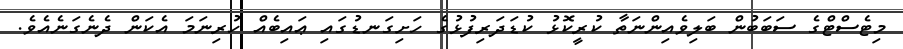
މިޓެސްޓްގެ ސަބަބުން ބަލިވެއިންނަތާ ކުރީކޮޅު ކުޑަދަރިފުޅުގެ ހަށިގަނޑުގައި ޢައިބެއް ހުރިނަމަ އެކަން ދެނެގަނެއެވެ.